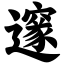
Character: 邃